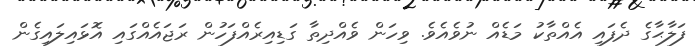
ފަލާޙާގެ ދެފައި އެއްތާކު މަޑެއް ނުވެއެވެ. ވިހަން ވެއްދިތާ ގަޑިއިރެއްފަހުން ރަޖައެއްގައި އޮޅައިލައިގެން